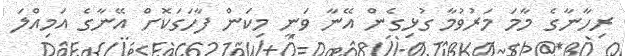
ރިހާނާގެ މާމަ މަރުވުމާ ގުޅިގެން އޭނާ ވަނީ މިކަން ފާހަގަކޮށް އޭނާގެ އަމިއްލަ